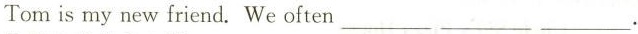
Tom is my new friend.We often ___ ___ ___.